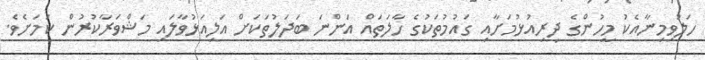
ހަލުވިމިނާއެކު މީހުންގެ ދިރިއުޅުމަށާއި ގައުމުތަކުގެ ހާލަތައް އަންނަ ބަދަލުތަކަށް އަލިއަޅުވާލައި މަޝްވަރާކުރުން ކަމަށެވެ.